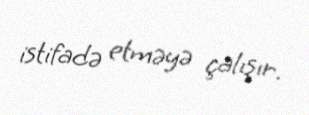
istifadə etməyə çalışır.